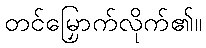
တင်မြှောက်လိုက်၏။